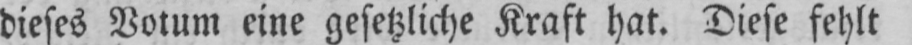
dieses Votum eine gesetzliche Kraft hat. Diese fehlt